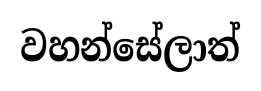
වහන්සේලාත්